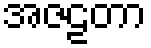
အဇဠတာ